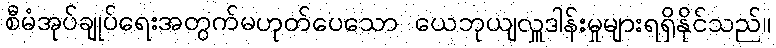
စီမံအုပ်ချုပ်ရေးအတွက်မဟုတ်ပေသော ယေဘုယျလှူဒါန်းမှုများရရှိနိုင်သည်။